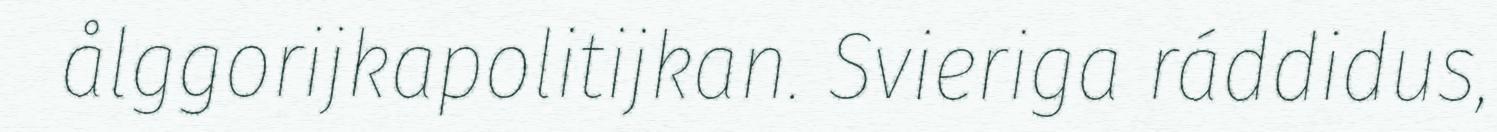
ålggorijkapolitijkan. Svieriga ráddidus,